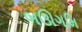
બઊગમિ